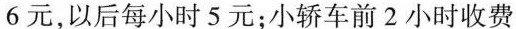
6元，以后每小时5元；小轿车前2小时收费